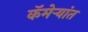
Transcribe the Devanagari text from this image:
कॅमेर्‍यांत